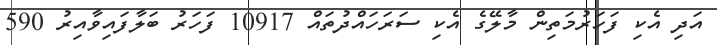
އަދި އެކި ފަހަރުމަތިން މާލޭގެ އެކި ސަރަހައްދުތައް 10917 ފަހަރު ބަލާފައިވާއިރު 590